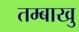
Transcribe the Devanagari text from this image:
तम्बाखु